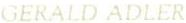
GERALD ADLER